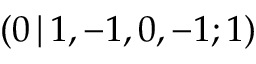
( 0 \, | \, 1 , - 1 , 0 , - 1 ; 1 )